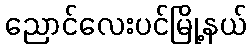
ညောင်လေးပင်မြို့နယ်